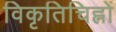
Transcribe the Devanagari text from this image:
विकृतिचिह्नों